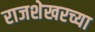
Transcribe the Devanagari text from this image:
राजशेखरच्या